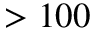
> 1 0 0